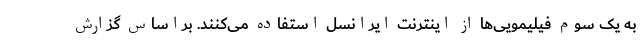
به یک سوم فیلیمویی‌ها از اینترنت ایرانسل استفاده می‌کنند. براساس گزارش